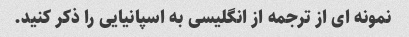
نمونه ای از ترجمه از انگلیسی به اسپانیایی را ذکر کنید.